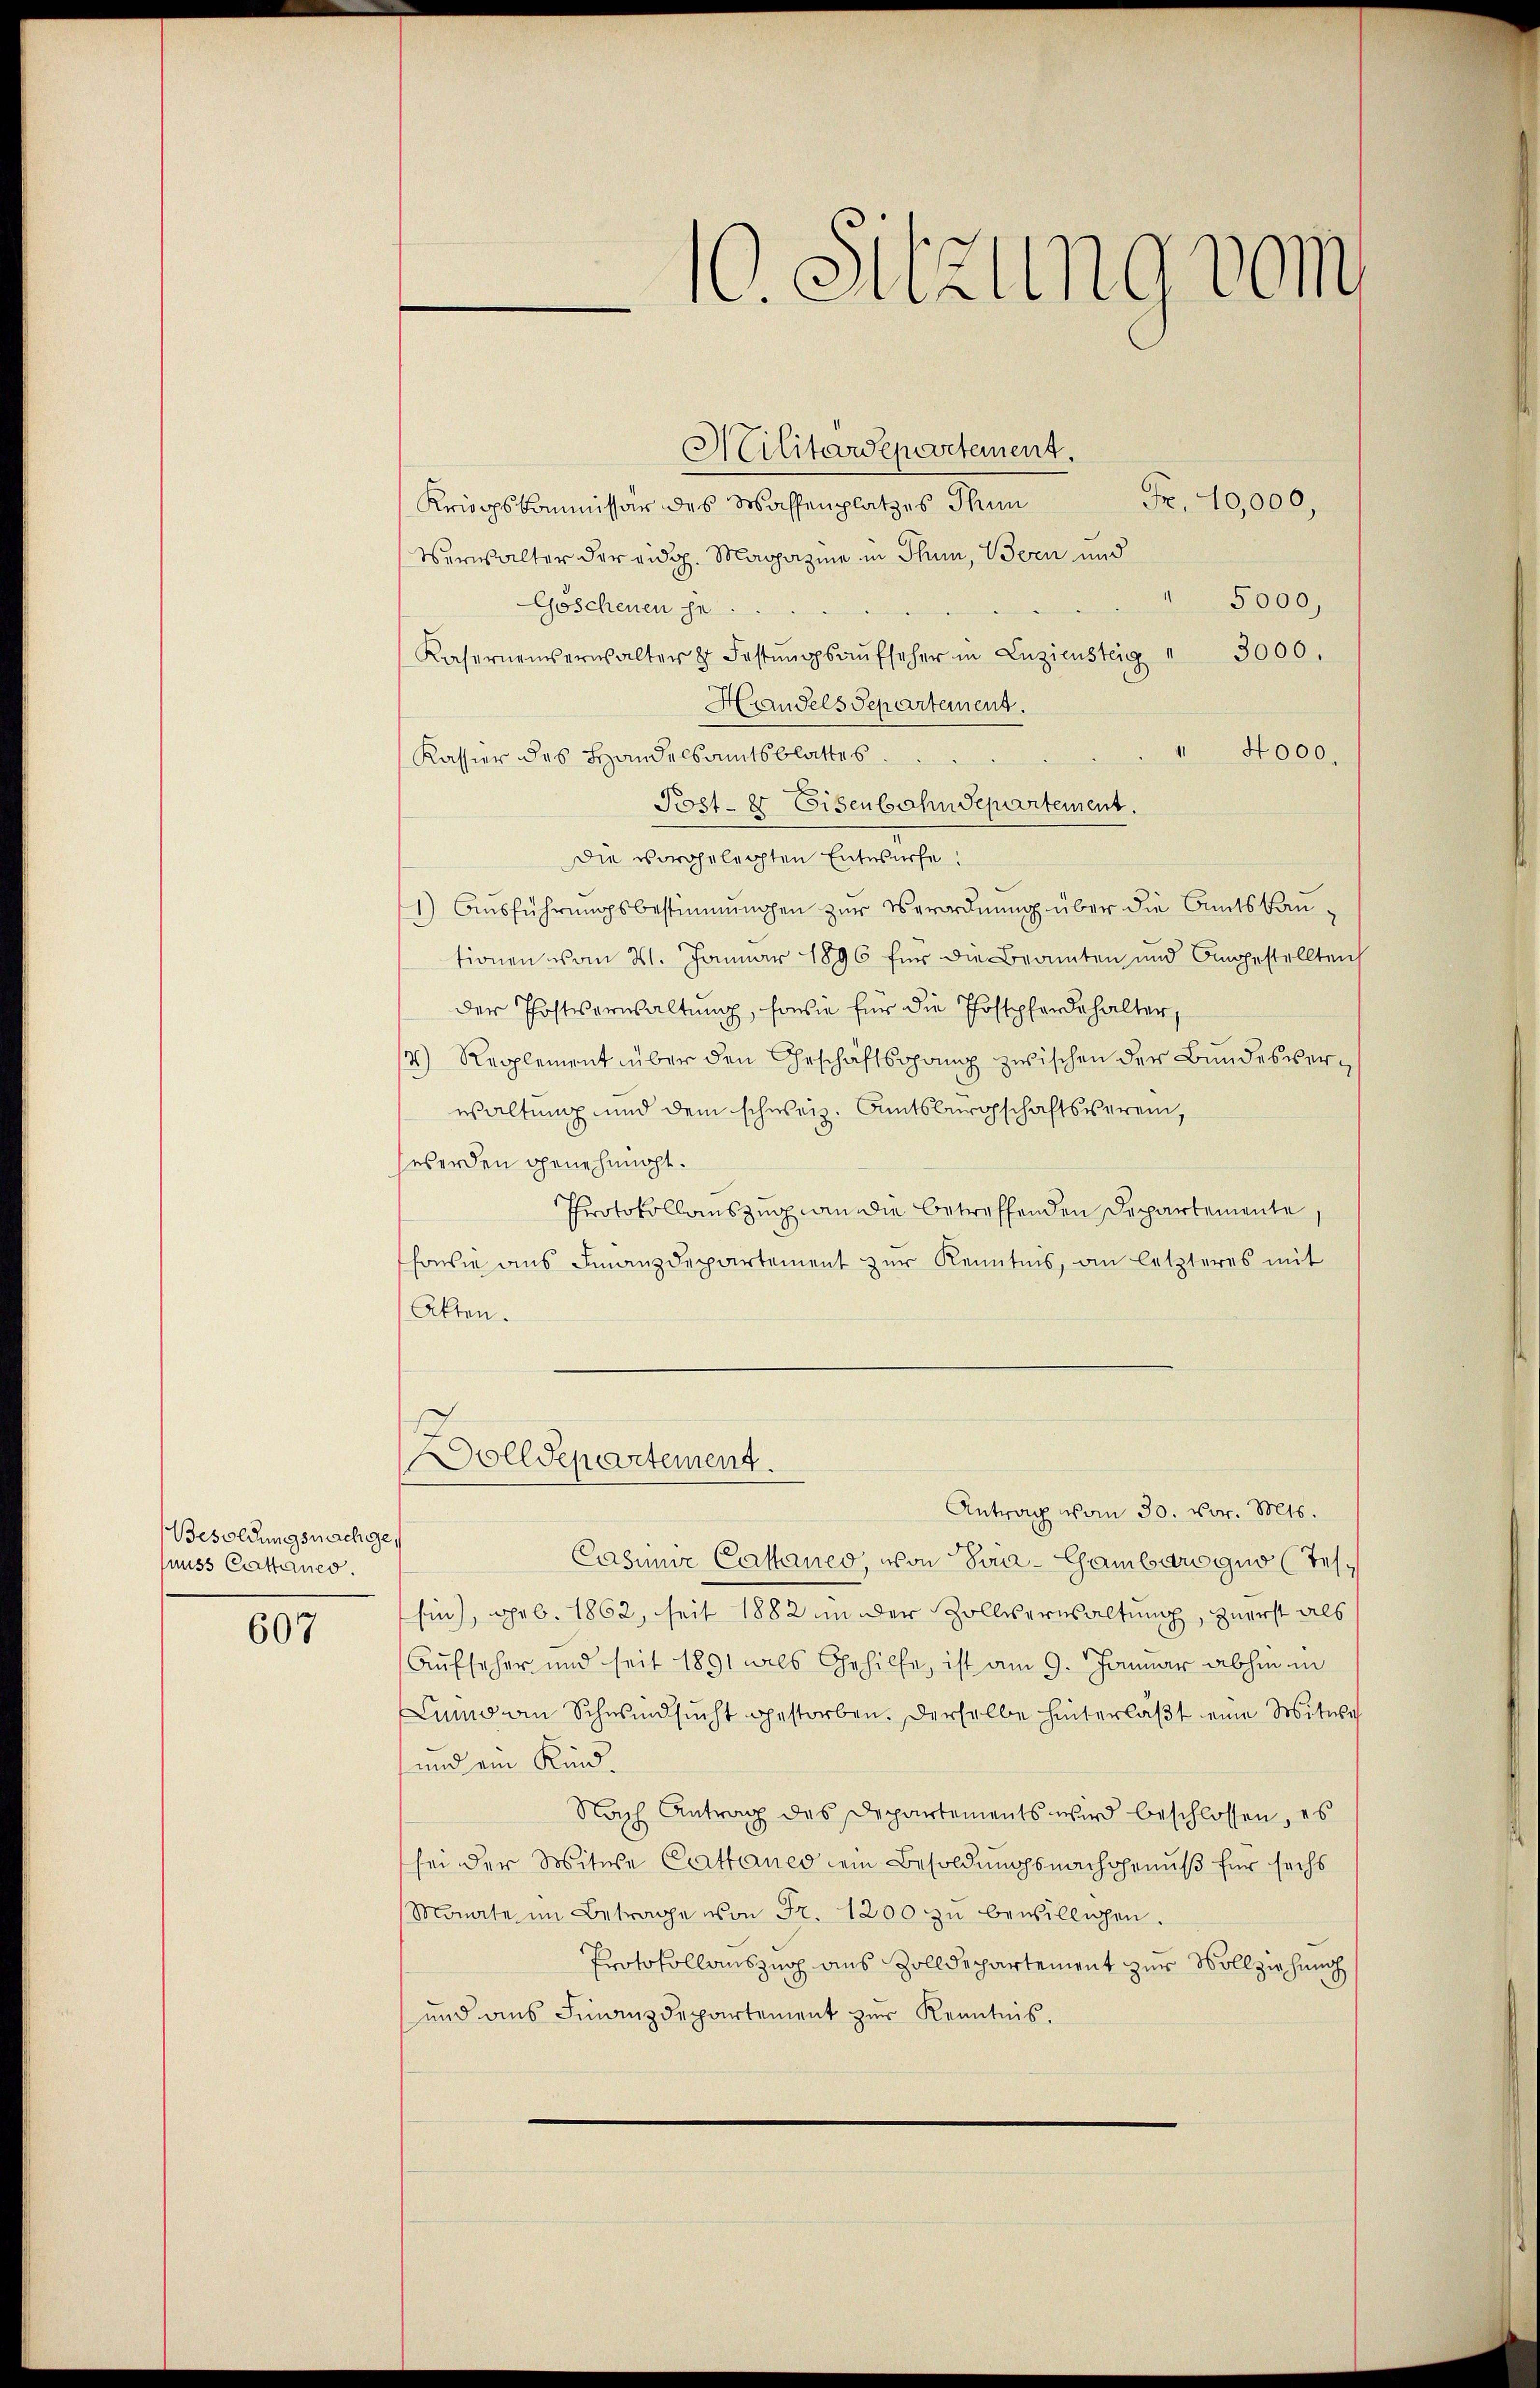
Besoldungsmachte,
nuss Cattanes.

607

Militärdepartement.
Fr. 10,000,
Krippskommissär des Waffenplatzes Thun
Verwalter der eidg. Magazine in Thun, Bern und
5000,
Göschenen je
Kaserneuerwalter & Festŭngsaŭfseher in Zuziensteig " 3000.
Handels Separtement.
1
4000.
Kassier des Handelsamtsblattes
E
Post- & Eisenbahn Separtement.
Die vorgelegten Entwürfe.
1) Ausführungsbestimmungen zur Verordnung über die Amtsbautionen vom 21. Januar 1896 für die Beamten und Angestellten
der Postverwaltung, sowie für die Postpferde halter,
4) Repplement über den Geschäftsgang zwischen der Bundesverwaltung und dem schweiz. Amtsburgschaftsverein,
werden genehmigt.
Protokollauszug an die betreffenden Departemente,
sowie aus Finanzdepartement zur Kenntnis, an letzteres mit
Akten.

olldepartement.

10. Sitzung vom

Antrag vom 30. vor. Mts.
Casimir Casaneo, von Sua-Gambarogno (Tes¬
Ein), geb. 1862, seit 1882 in der Zollverwaltung, zuerst als
Aufseher und seit 1891 als Gehilfe, ist am 9. Januar abhin in
Luino am Schwindsucht gestorben. Derselbe hinterlast eine Witwe
und ein Kind.
Nach Antrag des Departements wird beschlossen, es
sei der Mitwe Cathanes dem Besoldungsnachgenuß für sechs
Monate im Betrage von Fr. 1200 zŭ bewilligen.
Protokollauszug aus Zolldepartement zur Vollziehung
und aus Finanzdepartement zur Kenntnis.